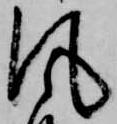
風